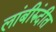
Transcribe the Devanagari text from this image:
लांबीरुंदीत